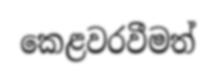
කෙළවරවීමත්